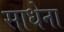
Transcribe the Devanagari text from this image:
साधेना